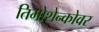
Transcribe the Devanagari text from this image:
तिमोशेन्कोवर